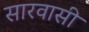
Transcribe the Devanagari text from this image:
सारवासी